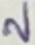
Text: 2